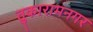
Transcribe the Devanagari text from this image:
तुकारामनगर